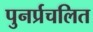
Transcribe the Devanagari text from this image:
पुनर्प्रचलित